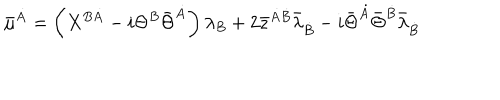
\bar { \mu } ^ { \dot { A } } = \left( X ^ { B \dot { A } } - i \Theta ^ { B } \bar { \Theta } ^ { \dot { A } } \right) \lambda _ { B } + 2 \bar { z } ^ { \dot { A } \dot { B } } \bar { \lambda } _ { \dot { B } } - i \bar { \Theta } ^ { \dot { A } } \bar { \Theta } ^ { \dot { B } } \bar { \lambda } _ { \dot { B } }